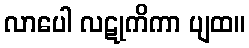
လာပေါ လဋုကိကာ ပျထ။